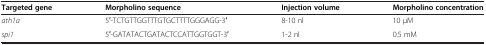
<table><thead><tr><td><b>Targeted gene</b></td><td><b>Morpholino sequence</b></td><td><b>Injection volume</b></td><td><b>Morpholino concentration</b></td></tr></thead><tbody><tr><td><i>ath1a</i></td><td>5′-TCTGTTGGTTTGTGCTTTTGGGAGG-3′</td><td>8-10 nl</td><td>10 μM</td></tr><tr><td><i>spi1</i></td><td>5′-GATATACTGATACTCCATTGGTGGT-3′</td><td>1-2 nl</td><td>0.5 mM</td></tr></tbody></table>